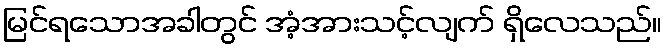
မြင်ရသောအခါတွင် အံ့အားသင့်လျက် ရှိလေသည်။